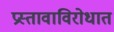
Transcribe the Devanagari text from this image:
प्रस्तावाविरोधात